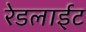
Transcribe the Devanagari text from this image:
रेडलाईट